Juuru_vallavalitsus, lk 8
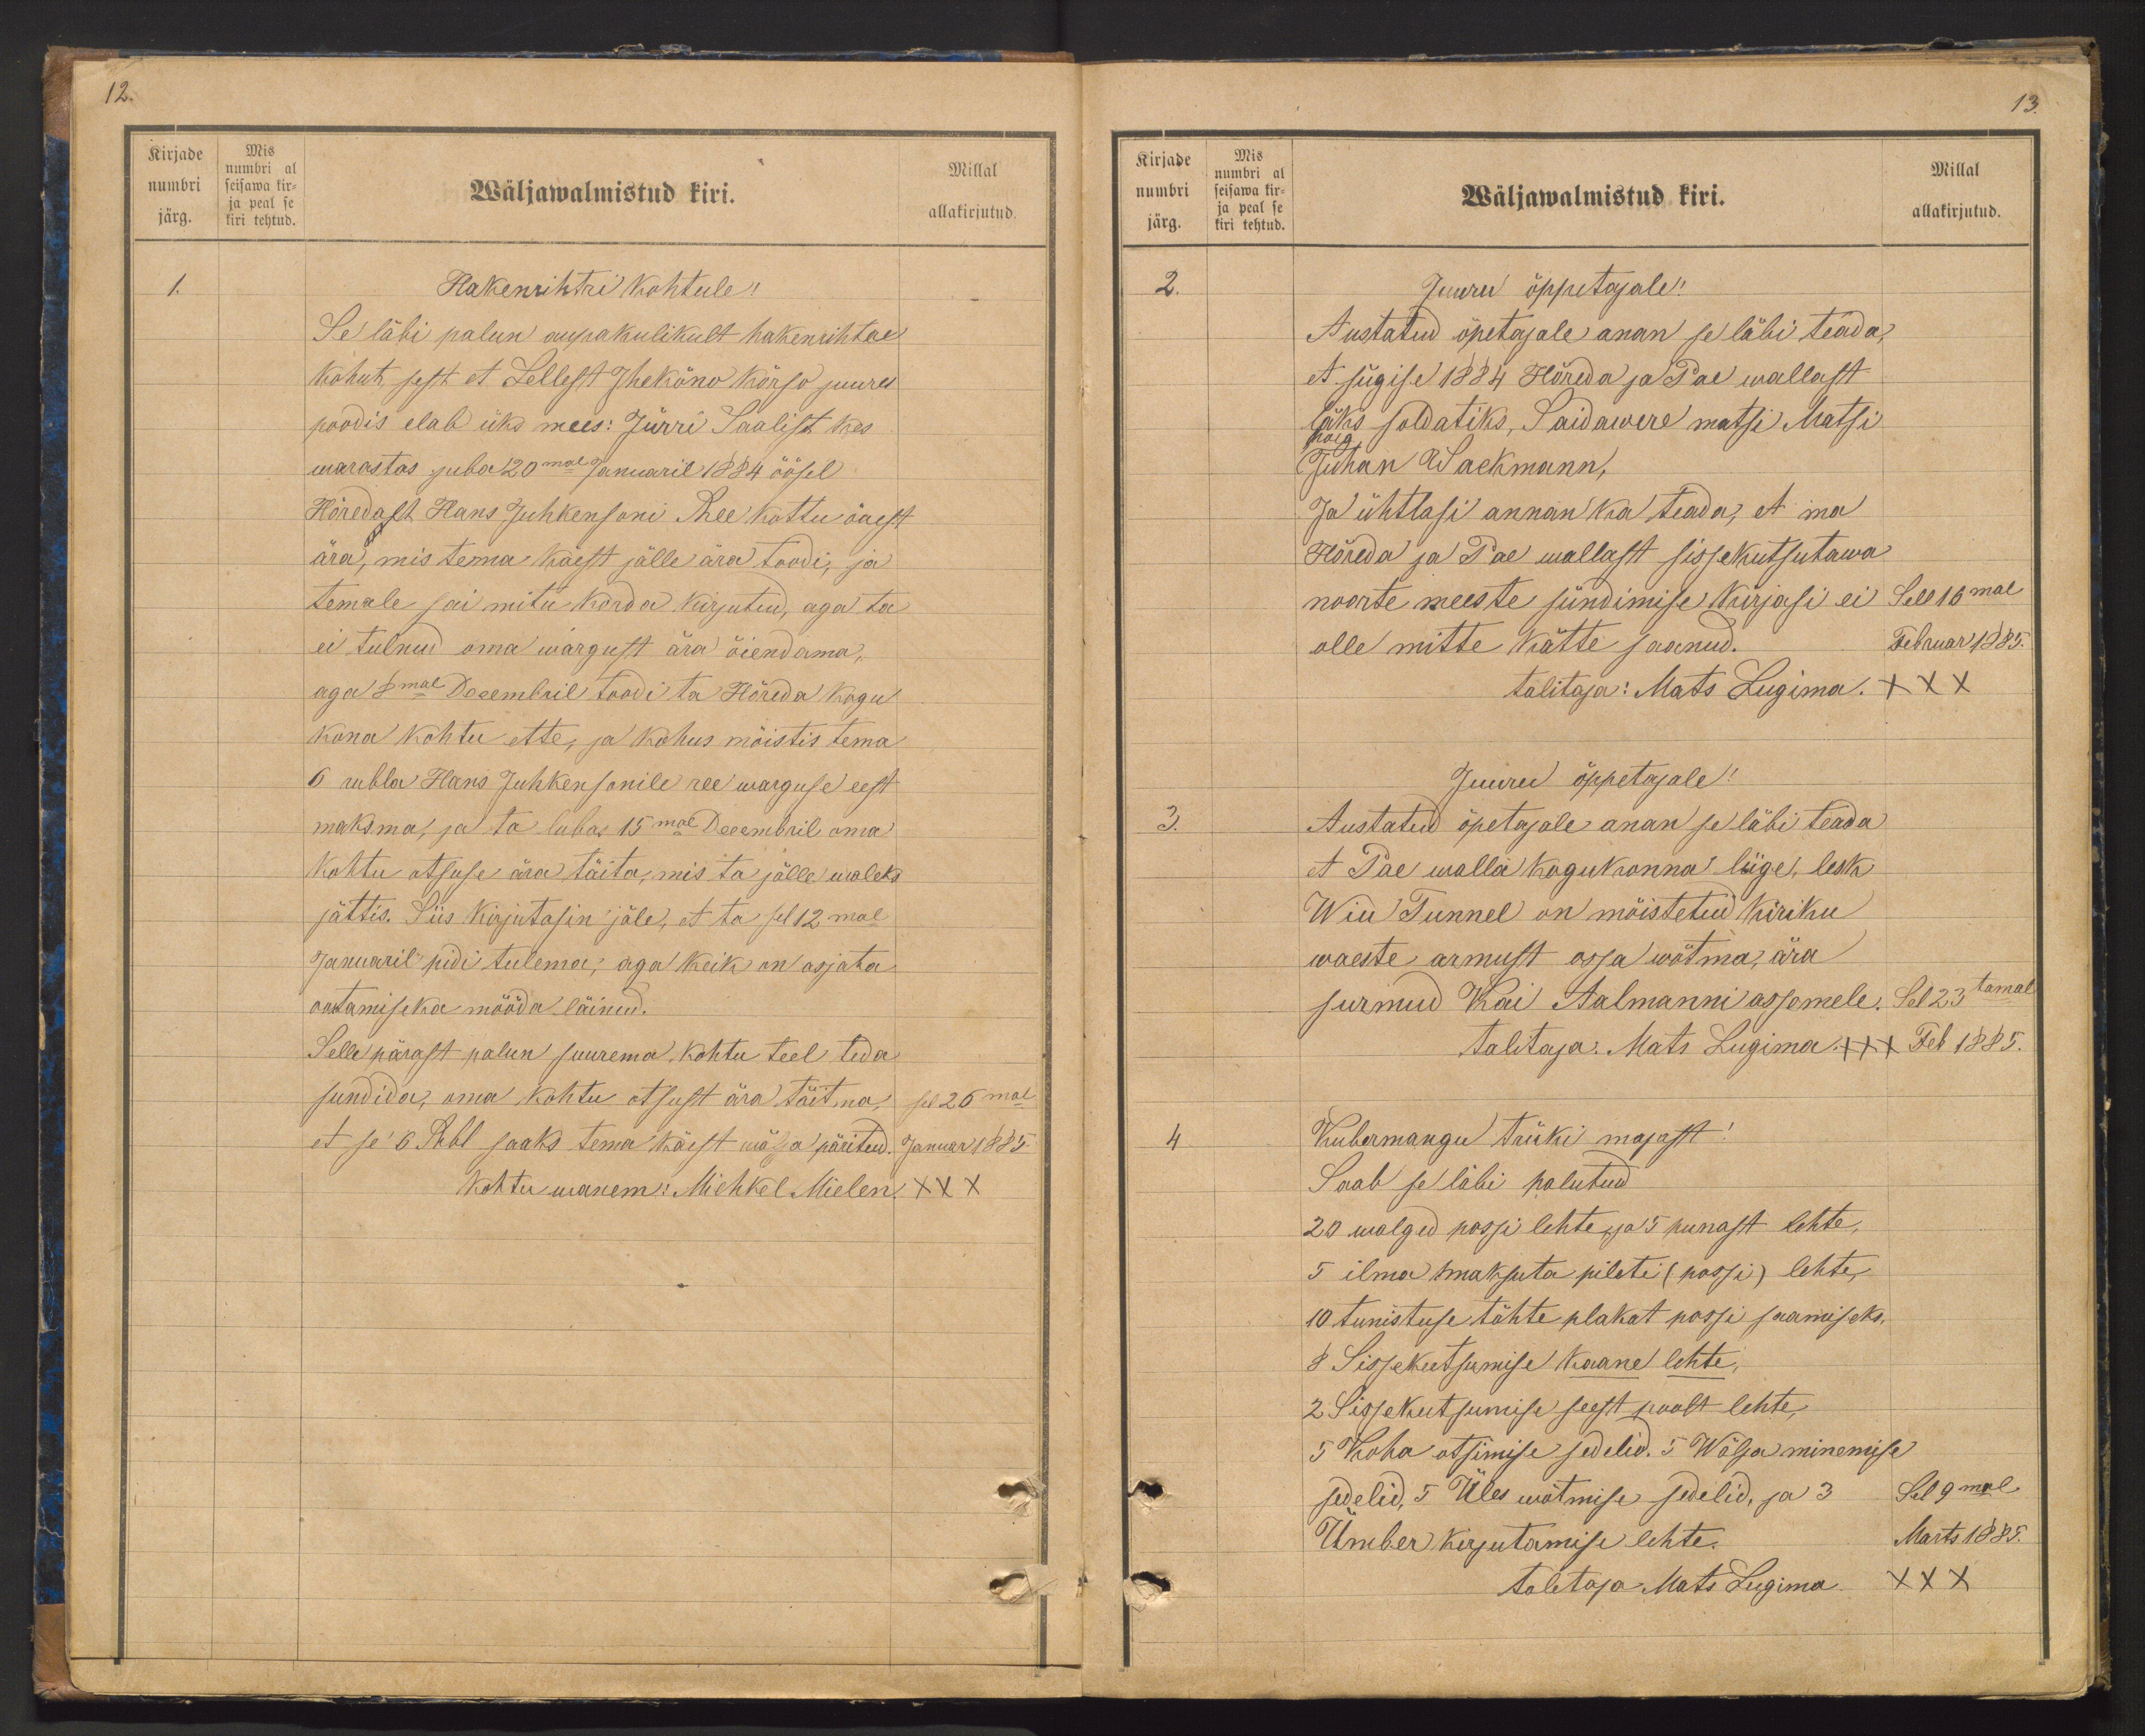
Kirjade
numbri
järg.
Mis
numbri al
seiswa kir-
ja peal se
kiri tehtud.

Millal
allakirjutud.

12.
Wäljawalmistud kiri.
1.
Hakenrihtri kohtule!
Se läbi palun aupaklikult hakenrihtre
kohut, sest et Sellest Jhekõno kõrso juures
poodis elab üks mees: Jürri Saalist kes
warastas juba 20mal Januaril 1884 öösel
Hõredalt Hans Juhkensoni Ree kottu õuest
ära, mis tema käest jälle ära toodi, ja
temale sai mitu korda kirjutud, aga ta
ei tulnud oma wargust ära õiendama,
aga 8mal Decembril toodi ta Hõreda kogu
kona kohtu ette, ja kohus mõistis tema
6 rubla Hans Juhkensonile ree warguse eest
maksma, ja ta lubas 15mal Decembril oma
kohtu otsuse ära täita, mis ta jälle waleks
jättis. Siis kirjutasin jäle, et ta sel 12mal
Januaril pidi tulema, aga keik on asjata
ootamiseka mööda läinud.
Selle pärast palun suurema kohtu teel teda
sundida, oma kohtu otsust ära täitma, sel 26mal
et se 6 Rubl saaks tema käest wälja päritud. Januar 1885.
Kohtu wanem: Michkel Mielen XXX

Kirjade
numbri
järg
Mis
numbri al
seisawa kir-
ja peal se
kiri tehtud.

13.
Millal
allakirjutud.
Wäljawalmistud kiri.
2.
Juuru õppetajale!
Austatud õpetajale anan se läbi teada,
et sügise 1884 Hõreda ja Pae wallast
läks soldatiks, Saidawere matsi Matsi
poeg
Juhan Waekmann,
Ja ühtlasi annan ka teada, et ma
Hõreda ja Pae wallast sissekutsutawa
noorte meeste sündimise kirjasi ei
olle mitte kätte saanud.
Sell 16mal
Februar 1885.
talitaja: Mats Lugima XXX
Juuru õppetajale!
3.
Austatud õpetajale anan se läbi teada
et Pae walla kogukonna liige, lesk
Wiu Tunnel on mõistetud kiriku
waeste armust ossa wõtma, ära
surnud Kai Aalmanni assemele.
Sel 23tamal
Feb 1885.
talitaja. Mats Lugima +++
4
Kubermangu trüki majast!
Saab se läbi palutud
20 walged passi lehte ja 5 punast lehte,
5 ilma maksuta pileti (passi) lehte,
10 tunistuse tähte plakat passi saamiseks,
8 Sissekutsumise kaane lehte,
2 Sissekutsumise seest poolt lehte,
5 Koha otsimise sedelid. 5 Wälja minemise
sedelid. 5 Üles wõtmise sedelid, ja 3
Ümber kirjutamise lehte.
Sel 9mal
Marts 1885.
talitaja Mats Lugima
XXX